Lunatic asylums Bombay report 1878-1890 - 1878-1890
Year: 1878
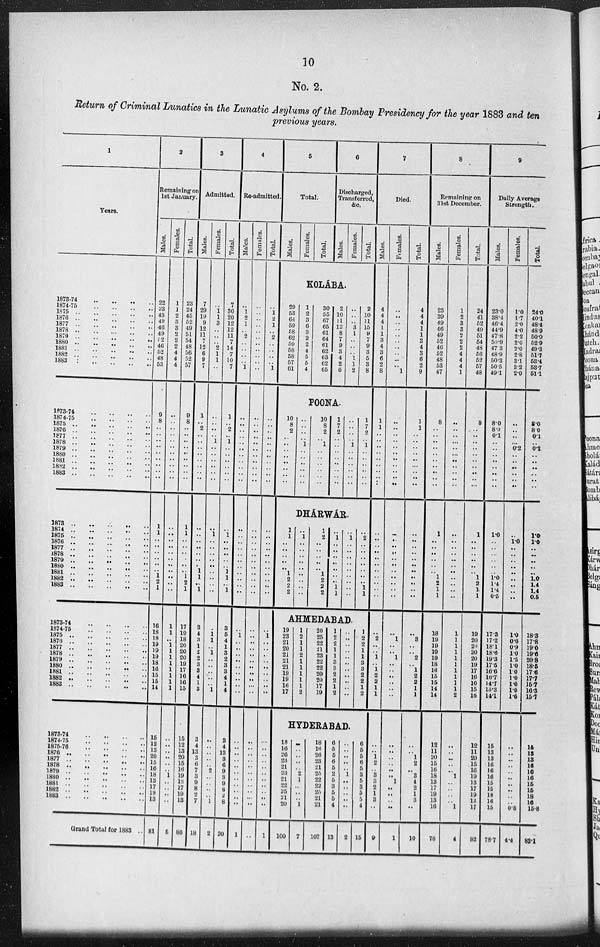
10
No. 2.
Return of Criminal Lunatics in the Lunatic Asylums of the Bombay Presidency for the year 1883 and ten
previous years.
1
Years.
1873-74 .. .. .. ..
1874-75
..
..
..
..
1875 .. .. .. .. ..
1876 .. .. .. .. ..
1877 .. .. .. .. ..
1878 .. .. .. .. ..
1879 .. .. .. .. ..
1880 .. .. .. .. ..
1881 .. .. .. .. ..
1882 .. .. .. .. ..
1883 .. .. .. .. ..
1873-74 .. .. .. ..
1874-75
..
..
..
..
1875 .. .. .. .. ..
1876 .. .. .. .. ..
1877 .. .. .. .. ..
1878 .. .. .. .. ..
1879 .. .. .. .. ..
1880 .. .. .. .. ..
1881 .. .. .. .. ..
1882 .. .. .. .. ..
1883 .. .. .. .. ..
1873 .. .. .. .. ..
1874 .. .. .. .. ..
1875 .. .. .. .. ..
1876 .. .. .. .. ..
1877 .. .. .. .. ..
1878 .. .. .. .. ..
1879 .. .. .. .. ..
1880 .. .. .. .. ..
1881 .. .. .. .. ..
1882 .. .. .. .. ..
1883 .. .. .. .. ..
1873-74
..
..
..
..
1874-75
..
..
..
..
1875 .. .. .. .. ..
1876 .. .. .. .. ..
1877 .. .. .. .. ..
1878..
..
..
..
..
1879 .. .. .. .. ..
1880..
..
..
..
..
1881 .. .. .. .. ..
1882..
..
..
..
..
1883 .. .. .. .. ..
1873-74
..
..
..
..
1874-75
..
..
..
..
1875-76
..
..
..
..
1876 .. .. .. .. ..
1877 .. .. .. .. ..
1878 .. .. .. .. ..
1879 .. .. .. .. ..
1880 .. .. .. .. ..
1881 .. .. .. .. ..
1882 .. .. .. .. ..
1883 .. .. .. .. ..
Grand Total for 1883 ..
2
Remaining on
let January.
Males.
22
23
43
49
46
49
52 46
52
48
53
9
8
..
..
..
..
..
..
..
..
..
1
1
..
..
..
..
..
.. 1
2
1
16
18
18
19
19
19
18
16
15
15
14
15
12
13
20
15
16
18
13
17
19
13
81
Females.
1
1
2
3
3
2
2
2
4
4
4
..
..
..
..
..
..
..
..
..
..
..
..
..
..
..
..
..
..
.. ..
..
..
1
1
.. 1
1
1
1
1
1
1
1
..
..
.. ..
..
.. 1
..
..
..
..
5
Total.
23
24
45
52
49
51
54
48
56
52
57
9
8
..
..
..
..
..
..
..
..
..
1
1
..
..
..
..
..
.. 1
2
1
17
19
18
20
20
20
19
17
16
16
15
15
12
13
20
15
16
19
13
17
19
13
86
3
Admitted.
Males.
7
29
19
9
12
11 7
12
6
9
7
1
.. 2
..
..
..
..
..
..
..
..
..
..
..
..
..
..
.. 1
1
.. 1
3
4
3 1
2
2
3
3
4
1
3
3
4
13
3
6
7
3
9
8
2
7
18
Females.
..
1
1
3
..
..
.. 2
1
1
..
..
..
..
.. 1
..
..
..
..
..
..
..
1
..
..
..
..
..
..
..
..
..
..
1
1
.. 1
..
..
..
..
.. 1
..
..
..
..
.. 2
..
..
..
.. 1
2
Total.
7
30
20
12
12
11
7
14
7
10
7
1
.. 2
.. 1
..
..
..
..
..
..
..
1
..
..
..
..
.. 1
1
.. 1
3
5
4
1
3
2
3
3
4
1
4
3
4
13
3
6
9
3
9
8
2
8
20
4
Re-admitted.
Males.
..
1
2
1
.. 2
..
..
..
.. 1
..
..
..
..
..
..
..
..
..
..
..
..
..
..
..
..
..
..
..
..
..
..
..
1
..
..
..
..
..
..
..
..
..
..
..
..
..
..
..
..
..
..
..
..
1
Females.
..
..
..
..
..
..
..
..
..
..
..
..
..
..
..
..
..
..
..
..
..
..
..
..
..
..
..
..
..
..
..
..
..
..
..
..
..
..
..
..
..
..
..
..
..
..
..
..
..
..
..
..
..
..
..
..
Total.
..
1
2
1
.. 2
..
..
..
..
1
..
..
..
..
..
..
..
..
..
..
..
..
..
..
..
..
..
..
..
..
..
..
..
1
..
..
..
..
..
..
..
.. ..
..
..
..
..
..
..
..
..
..
.. ..
1
5
Total.
Males.
Females.
Total.
6
Discharged,
Transferred,
&c.
Males.
Females.
Total.
KOLÁBA.
29
53
64
59
58
62
59
58
58
57
61
1
2
3
6
3
2
2
4
5
5
4
30
55
67
65
61
64
61
62
63
62
65
2
10
11
12
8
7
9
3
4
2
6
..
..
.. 3
1
..
..
.. 1
1
2
2
10
11
15
9
7
9
3
5
3
8
POONA.
10
8
2
..
..
..
..
..
..
..
..
..
..
..
.. 1
..
..
..
..
..
..
10
8
2
.. 1
..
..
..
..
..
..
1
7
2
..
..
..
..
..
..
..
..
..
..
..
.. 1
..
..
..
..
..
..
1
7
2
.. 1
..
..
..
..
..
..
DHÁRWÁR.
1
1
..
..
..
..
.. 1
2
2
2
..
1
..
..
..
..
..
..
..
..
..
1
2
..
..
..
..
.. 1
2
2
2
..
1
..
..
..
..
..
..
..
1
1
..
1
..
..
..
..
..
..
..
..
..
..
2
..
..
..
..
..
..
..
1
1
AHMEDABAD.
19
23
21
20
21
21
21
19
19
16
17
1
2
1
1
2
1
1
1
1
1
2
20
25
22
21
23
22
22
20
20
17
19
1
2
2
1
1
3
3
2
2
1
2
..
..
..
..
..
..
..
.. ..
.. ..
1
2
2
1
1
3
3
2
2
1
2
HYDERABAD.
18
16
26
23
21
23
21
22
25
21
20
100
..
..
..
..
.. 2
1
..
..
.. 1
7
18
16
26
23
21
25
22
22
25
21
21
107
6
5
5
6 5
2
5
3
5
5
4
13
..
.. ..
..
.. 1
..
..
..
.. ..
2
6
5
5
6
5
3
5
3
5
5
4
15
7
Died.
Males.
4
4
4
1
1
3
4
3
6
2
8
1
1
..
..
..
..
..
..
..
..
..
..
..
..
..
..
..
..
..
..
..
..
..
2
..
.. 1
.. 1
2
2
1
1
..
.. 1
2
.. 3
3
2
1
3
..
9
Females.
..
..
..
..
..
..
..
..
..
.. 1
..
..
..
..
..
..
..
..
..
.. ..
..
..
..
..
..
..
..
..
..
..
..
..
1
..
.. 1
..
.. ..
..
..
..
..
..
..
..
..
.. 1
.. ..
.. ..
1
Total.
4
4
4
1
1
3
4
3
6
2
9
1
1
..
..
..
..
..
..
..
.. ..
..
..
..
..
..
..
..
.. ..
..
..
..
3
..
.. 2
.. 1
2
2
1
1
..
.. 1
2
.. 3
4
2
1
3
..
10
8
Remaining on
31st December.
Males.
23
39
49
46
49
52
46
52
48
53
47
8
..
.. ..
..
..
..
..
..
..
..
1
..
..
..
..
..
.. 1
2
1
1
18
19
19
19
19
18
16
15
15
14
14
12
11
20
15
16
18
13
17
19
13
16
78
Females.
1
2
3
3
2
2
2
4
4
4
1
..
..
..
..
..
.. ..
..
..
..
..
..
..
..
..
..
..
..
..
.. ..
..
1
1
1
1
1
1
1
1
1
1
2
..
.. ..
..
.. 1
..
..
..
.. 1
4
Total.
24
41
52
49
51
54
48
56
52
57
48
8
.. ..
..
..
..
..
..
..
.. ..
1
..
..
.. ..
..
.. 1
2
1
1
19
20
20
20
20
19
17
16
16
15
16
12
11
20
15
16
19
13
17
19
13
17
82
9
Daily Average
Strength.
Males.
23.0
38.4
46.4
44.9
47.8
50.9 47.3
48.9
50.3
50.5
49.1
8.0
8.0
0.1
..
..
.. ..
..
..
..
..
1.0
..
..
..
..
..
.. 1.0 1.4
1.4
0.5
17.3
17.2
18.1
18.6
19.3
17.5
16.6
16.7
14.7
15.3
14.1
15
13
13
16
16
16
15
15
18
16
15
78.7
Females.
1.0
1.7
2.0
4.0
22
2.0
2.0
2.8
3.1
3.2
2.0
..
..
..
.. 0.2
.. ..
..
.. ..
..
..
1.0
..
..
..
..
..
..
..
..
..
1.0
0.6
0.9
10
1.5
1.0
1.0
1.0
10
1.0
1.6
..
.. ..
..
.. ..
..
..
..
.. 0.8
4.4
Total.
24.0
40.1
48.4
48.9
50.0
52.9
49.3
51.7
53.4
53.7
51.1
8.0
8.0
0.1
.. 0.2
.. ..
..
.. ..
..
1.0
1.0
.. ..
..
..
.. 1.0
1.4
1.4
0.5
18.3
17.8
19.0
19.6
20.8
18.5
17.6
17.7
15.7 16.3
15.7
15
13
13
16
16
16
15
15
18
16
15.8
83.1